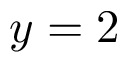
y = 2